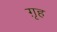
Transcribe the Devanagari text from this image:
ग़ृह